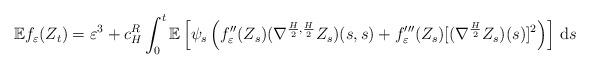
LaTeX: \begin{align*}\mathbb{E} f_\varepsilon(Z_t) = \varepsilon^3 + c_H^R\int_0^t \mathbb{E}\left[\psi_s\left(f''_\varepsilon(Z_s)(\nabla^{\frac{H}{2},\frac{H}{2}}Z_s)(s,s) + f'''_\varepsilon(Z_s)[(\nabla^\frac{H}{2}Z_s)(s)]^2\right)\right]\,\mathrm{d}{s}\end{align*}